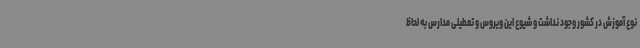
نوع آموزش در کشور وجود نداشت و شیوع این ویروس و تعطیلی مدارس به لحاظ